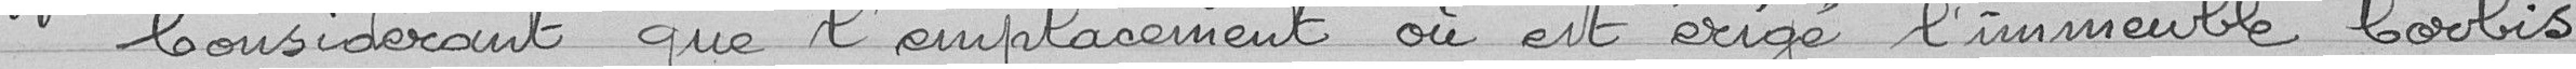
Considérant que l'emplacement où est érigé l'immeuble Corbis